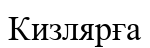
Кизлярға